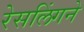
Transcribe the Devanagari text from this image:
रेसलिंगने